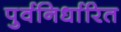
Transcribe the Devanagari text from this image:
पुर्वनिर्धारित